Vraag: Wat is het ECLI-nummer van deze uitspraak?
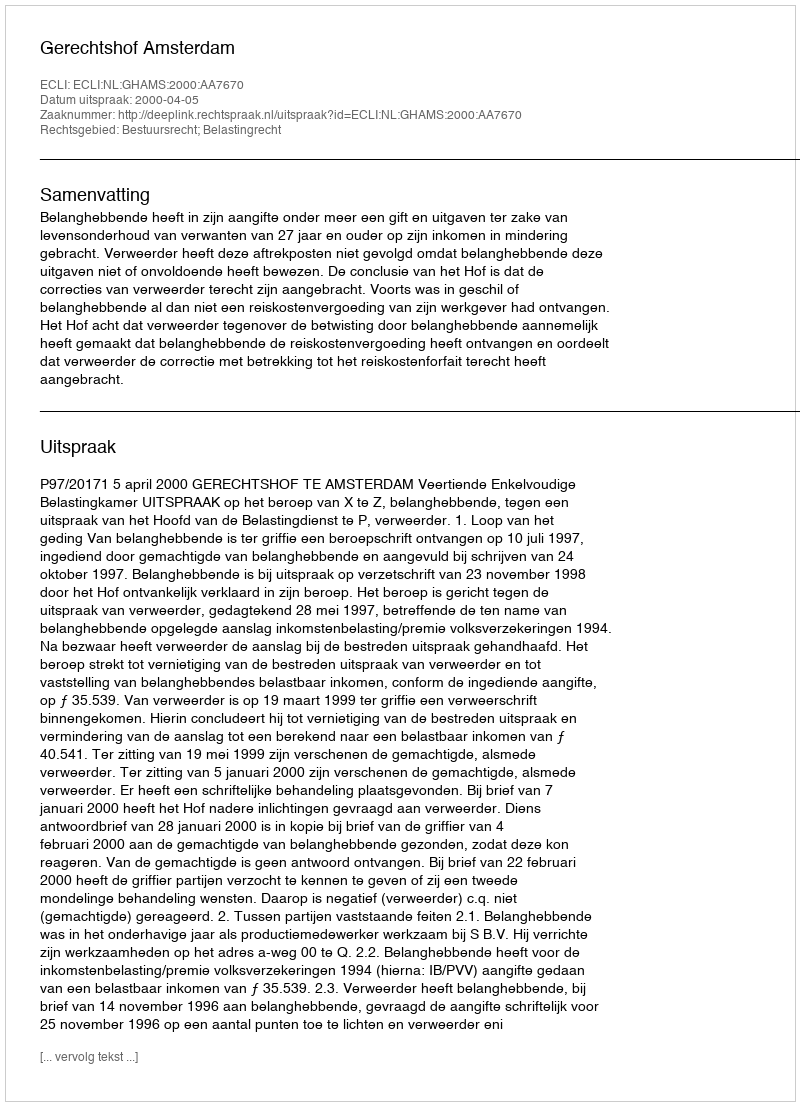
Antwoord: ECLI:NL:GHAMS:2000:AA7670